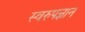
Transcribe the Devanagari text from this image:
स्वरुपज्ञान